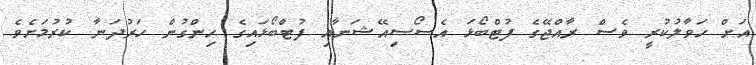
އަށް ހަވާލުކުރީ ވެސް ރާއްޖޭގެ ފުޓްބޯޅަ އެސޯސިއޭޝަނާއި ފުޓްބޯޅައިގެ ހިންގުން ހަރުދަނާ ކުރުމަށެވެ.